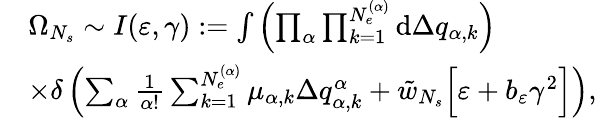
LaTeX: \begin{array}{rl}&{\Omega_{N_{s}}\sim I(\varepsilon,\gamma):=\int{\left(\prod_{\alpha}\prod_{k=1}^{N_{e}^{(\alpha)}}{\mathrm{d}\Delta q_{\alpha,k}}\right)}}\\ &{\times\delta\left(\sum_{\alpha}\frac{1}{\alpha!}\sum_{k=1}^{N_{e}^{(\alpha)}}{\mu_{\alpha,k}\Delta q_{\alpha,k}^{\alpha}}+\tilde{w}_{N_{s}}\Big[\varepsilon+b_{\varepsilon}\gamma^{2}\Big]\right),}\end{array}